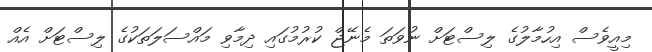
މިއީވެސް އިހުމާލުގެ ލިސްޓަށް ނުވަތަ މެނޭޖް ކުރުމުގައި ދިމާވި މައްސަލަތަކުގެ ލިސްޓަށް އެއް